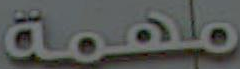
مهمة